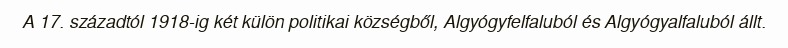
A 17. századtól 1918-ig két külön politikai községből, Algyógyfelfaluból és Algyógyalfaluból állt.